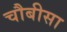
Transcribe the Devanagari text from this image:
चौबीसा